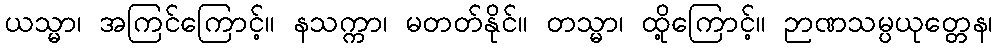
ယသ္မာ၊ အကြင်ကြောင့်။ နသက္ကာ၊ မတတ်နိုင်။ တသ္မာ၊ ထို့ကြောင့်။ ဉာဏသမ္ပယုတ္တေန၊